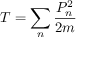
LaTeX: T = \sum _ { n } { \frac { P _ { n } ^ { 2 } } { 2 m } }